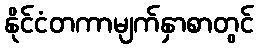
နိုင်ငံတကာမျက်နှာစာတွင်